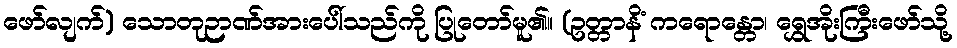
ဖော်လျက်) သောတုဉာဏ်အားပေါ်သည်ကို ပြုတော်မူ၏။ (ဥတ္တာနိံ ကရောန္တော၊ ရွှေအိုးကြီးဖော်သို့